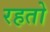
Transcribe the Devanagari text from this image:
रहतो